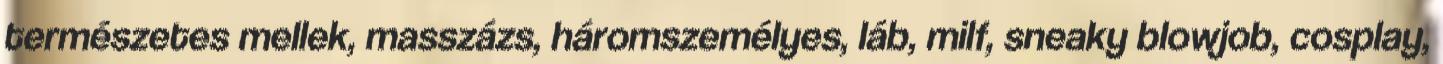
természetes mellek, masszázs, háromszemélyes, láb, milf, sneaky blowjob, cosplay,